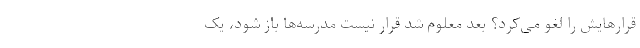
قرارهایش را لغو می‌کرد؟ بعد معلوم شد قرار نیست مدرسه‌ها باز شود، یک